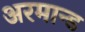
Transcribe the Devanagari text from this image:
अरमान्ड